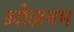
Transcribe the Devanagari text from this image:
ओज़नम